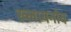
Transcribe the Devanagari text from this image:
ख्लायनोव